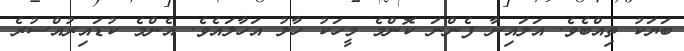
ބަޔަކު ތިއްބެވެ. އަލައިނާ ފެންނަ ކޮންމެ މީހަކު ހާލު އަހާލައެވެ. އެންމެ ކުޑައިރުއްސުރެ